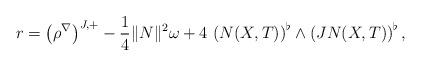
LaTeX: \begin{align*} r=\left(\rho^\nabla \right)^{J,+}-\frac{1}{4}\|N\|^2\omega+4\,\left(N(X,T)\right)^\flat\wedge\left(JN(X,T)\right)^\flat, \end{align*}